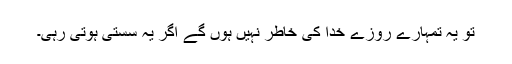
تو یہ تمہارے روزے خدا کی خاطر نہیں ہوں گے اگر یہ سستی ہوتی رہی۔